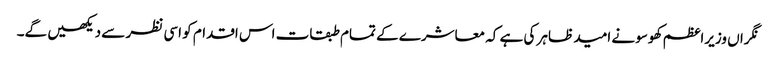
نگراں وزیراعظم کھوسو نے امید ظاہر کی ہے کہ معاشرے کے تمام طبقات اس اقدام کو اسی نظر سے دیکھیں گے۔